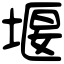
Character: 堰